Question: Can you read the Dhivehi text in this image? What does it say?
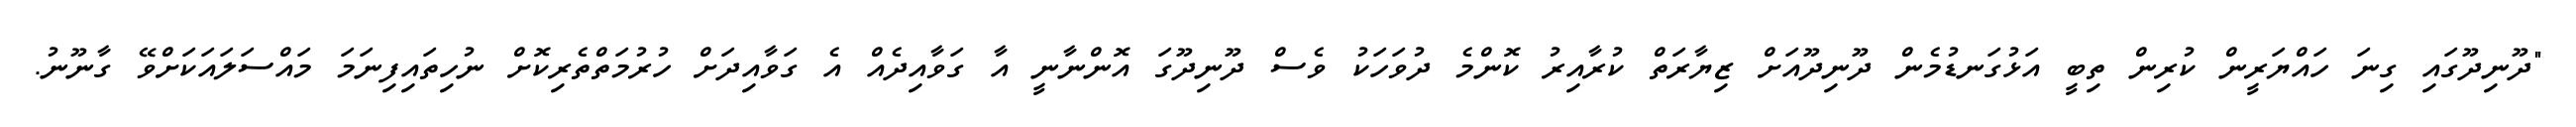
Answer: "ދޫނިދޫގައި ގިނަ ހައްޔަރީން ކުރިން ތިބީ އަޅުގަނޑުމެން ދޫނިދޫއަށް ޒިޔާރަތް ކުރާއިރު ކޮންމެ ދުވަހަކު ވެސް ދޫނިދޫގަ އޮންނާނީ އާ ގަވާއިދެއް އެ ގަވާއިދަށް ހުރުމަތްތެރިކޮށް ނުހިތައިފިނަމަ މައްސަލައަކަށްވޭ ގާނޫނު.